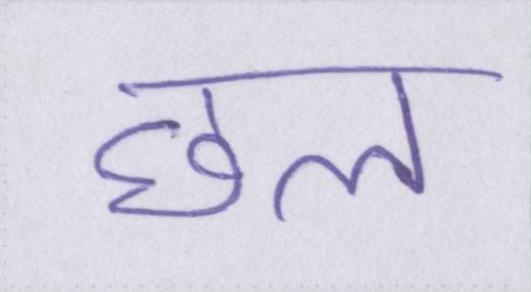
छल